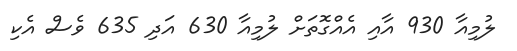
ލުމިއާ 930 އާއި އެއްގޮތަށް ލުމިއާ 630 އަދި 635 ވެސް އެކި